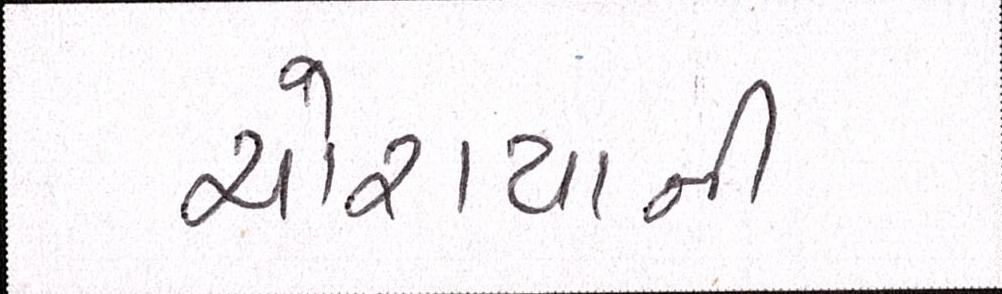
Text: ચોરાયાની